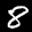
Label: 8